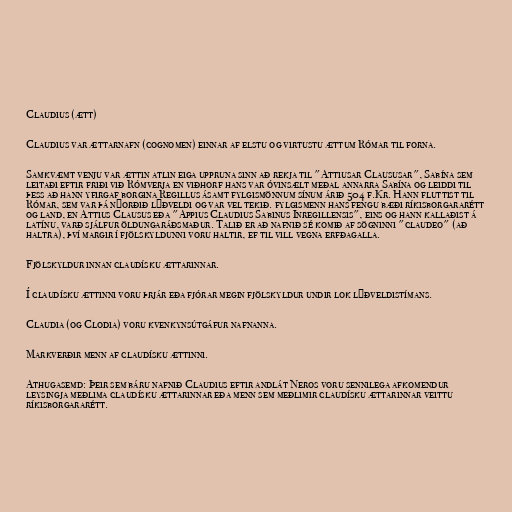
Claudius (ætt)

Claudius var ættarnafn (cognomen) einnar af elstu og virtustu ættum Rómar til forna.

Samkvæmt venju var ættin atlin eiga uppruna sinn að rekja til "Attiusar Claususar", Sabína sem
leitaði eftir friði við Rómverja en viðhorf hans var óvinsælt meðal annarra Sabína og leiddi til
þess að hann yfirgaf borgina Regillus ásamt fylgismönnum sínum árið 504 f.Kr. Hann fluttist til
Rómar, sem var þá nýorðið lýðveldi og var vel tekið. fylgismenn hans fengu bæði ríkisborgararétt
og land, en Attius Clausus eða "Appius Claudius Sabinus Inregillensis", eins og hann kallaðist á
latínu, varð sjálfur öldungaráðsmaður. Talið er að nafnið sé komið af sögninni "claudeo" (að
haltra), því margir í fjölskyldunni voru haltir, ef til vill vegna erfðagalla.

Fjölskyldur innan claudísku ættarinnar.

Í claudísku ættinni voru þrjár eða fjórar megin fjölskyldur undir lok lýðveldistímans.

Claudia (og Clodia) voru kvenkynsútgáfur nafnanna.

Markverðir menn af claudísku ættinni.

Athugasemd: Þeir sem báru nafnið Claudius eftir andlát Neros voru sennilega afkomendur
leysingja meðlima claudísku ættarinnar eða menn sem meðlimir claudísku ættarinnar veittu
ríkisborgararétt.